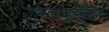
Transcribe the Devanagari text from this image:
राष्ट्रपतीपदापर्यंत